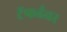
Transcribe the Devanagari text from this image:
टॅफर्डवर